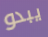
يبدو